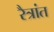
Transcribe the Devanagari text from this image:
रैत्रांत